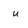
Character: u